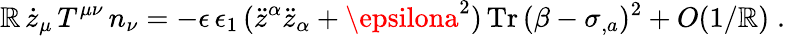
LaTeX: \mathbb{R}\, \dot{{z}}_{\mu}\, T^{\mu\nu}\, n_{\nu}=-\epsilon\, \epsilon_{1}\, (\ddot{{z}}^{\alpha}\ddot{{z}}_{\alpha}+\epsilona^{2})\, \mathrm{{Tr}}\, (\beta-\sigma_{,a})^{2}+O(1/\mathbb{R})\; .